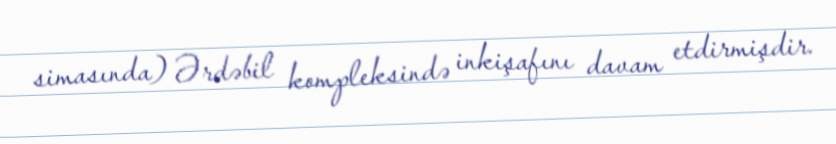
simasında) Ərdəbil kompleksində inkişafını davam etdirmişdir.